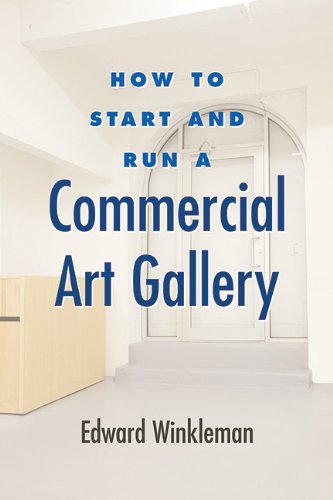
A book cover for How to Start and Run a Commercial Art Gallery; Edward Winkleman; Arts & Photography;